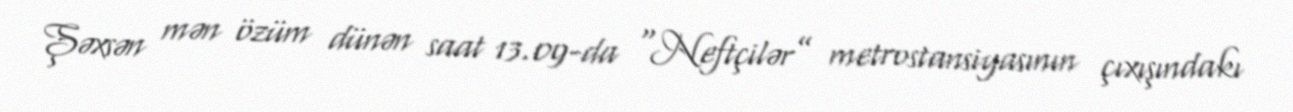
Şəxsən mən özüm dünən saat 13.09-da “Neftçilər” metrostansiyasının çıxışındakı